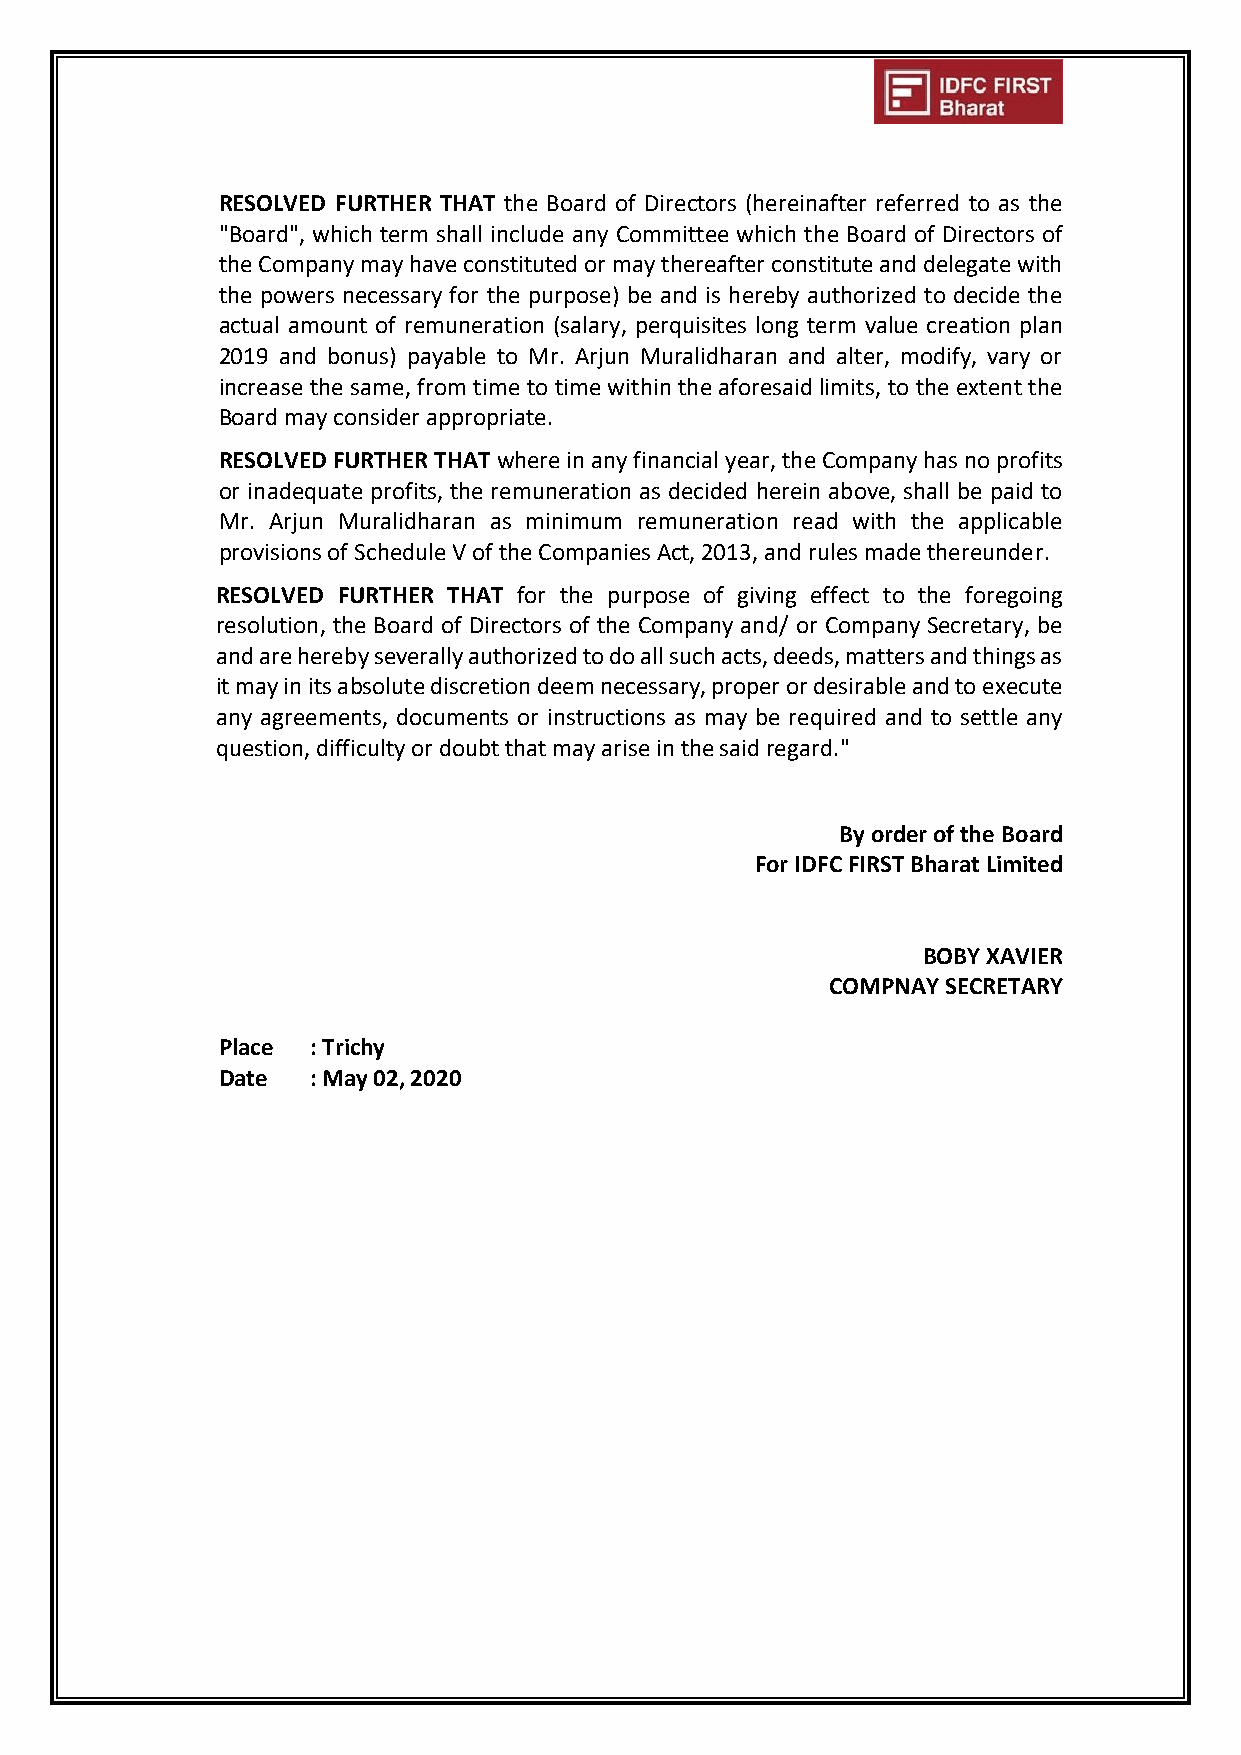
RESOLVED FURTHER THAT the Board of Directors (hereinafter referred to as the
 "Board", which term shall include any Committee which the Board of Directors of
 the Company may have constituted or may thereafter constitute and delegate with
 the powers necessary for the purpose) be and is hereby authorized to decide the
 actual amount of remuneration (salary, perquisites long term value creation plan
 2019 and bonus) payable to Mr. Arjun Muralidharan and alter, modify, vary or
 increase the same, from time to time within the aforesaid limits, to the extent the
 Board may consider appropriate.
 RESOLVED FURTHER THAT where in any financial year, the Company has no profits
 or inadequate profits, the remuneration as decided herein above, shall be paid to
 Mr. Arjun Muralidharan as minimum remuneration read with the applicable
 provisions of Schedule V of the Companies Act, 2013, and rules made thereunder.
 RESOLVED FURTHER THAT for the purpose of giving effect to the foregoing
 resolution, the Board of Directors of the Company and/ or Company Secretary, be
 and are hereby severally authorized to do all such acts, deeds, matters and things as
 it may in its absolute discretion deem necessary, proper or desirable and to execute
 any agreements, documents or instructions as may be required and to settle any
 question, difficulty or doubt that may arise in the said regard."
 By order of the Board
 For IDFC FIRST Bharat Limited
 BOBY XAVIER
 COMPNAY SECRETARY
 Place : Trichy
 Date  : May 02, 2020